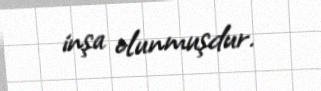
inşa olunmuşdur.